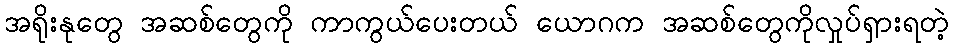
အရိုးနုတွေ အဆစ်တွေကို ကာကွယ်ပေးတယ် ယောဂက အဆစ်တွေကိုလှုပ်ရှားရတဲ့